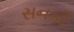
સનકી